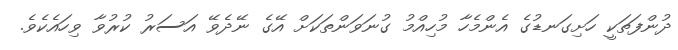
ދުންފަތަކީ ހަށިގަނޑުގެ އެންމެހާ މުހިއްމު ގުނަވަންތަކަށް އޭގެ ނޭދެވޭ އަސަރު ކުރުވާ ވިހައެކެވެ.